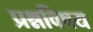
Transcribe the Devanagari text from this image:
प्रश्नविषय